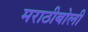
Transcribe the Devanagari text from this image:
मराठीबोली